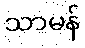
သာမန်